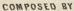
COMPOSED BY